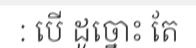
: បើ ដូច្នោះ តែ